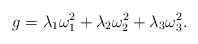
\begin{align*}g = \lambda_{1}\omega^{2}_{1} +\lambda_{2}\omega^{2}_{2} + \lambda_{3}\omega^{2}_{3} .\end{align*}